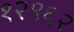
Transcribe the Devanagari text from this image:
१२९६२